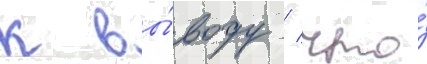
к вы́воду / что́